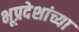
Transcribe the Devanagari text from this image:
भूप्रदेशांच्या